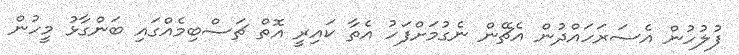
ފުލުހުން އެސަރަހައްދުން އެޗޭން ނެގުމަށްފަހު އެތާ ކައިރީ އޮތް ޗަސްބިމެއްގައި ބަންގާޅު މީހުން